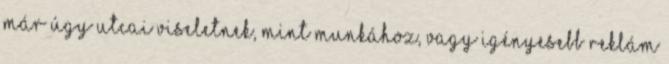
már úgy utcai viseletnek, mint munkához, vagy igényesebb reklám